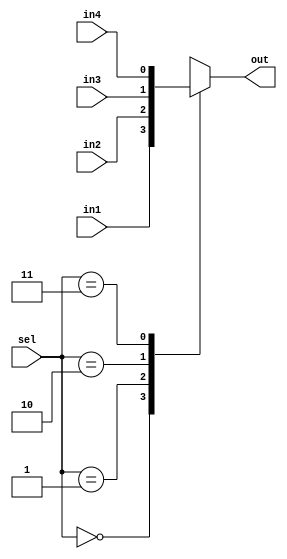
module mux3x1(out,in1,in2,in3,in4,sel);
output out;
input in1,in2,in3,in4;
input[1:0]sel;
reg out;
always @(in1 or in2 or in3 or in4 or sel)
	case(sel)
	2'b00: out=in1;
	2'b01: out=in2;
	2'b10: out=in3;
	2'b11: out=in4;
	endcase
endmodule